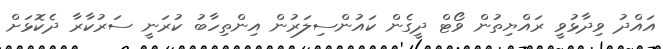
އައްދު ވިދާޅުވީ ރައްޔިތުން ވޯޓް ދީގެން ކައުންސިލަރުން އިންތިހާބު ކުރަނީ ސަރުކާރާ ދެކޮޅަށް